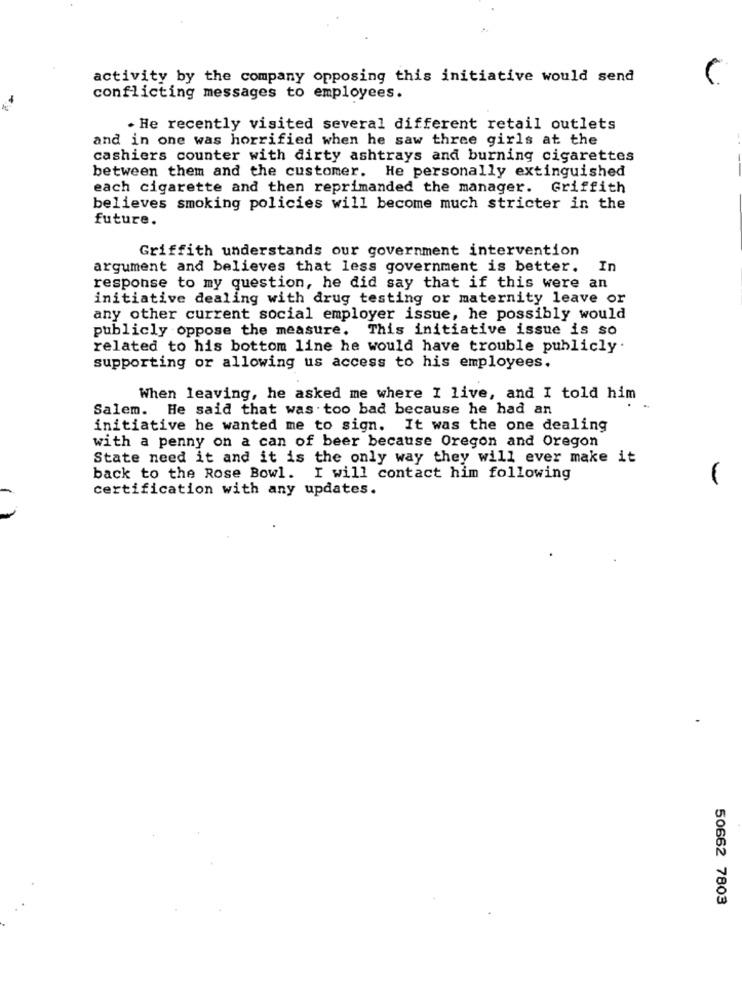
activity by the company opposing this initiative would send
conflicting messages to employees.
. He recently visited several different retail outlets
and in one was horrified when he saw three girls at the
cashiers counter with dirty ashtrays and burning cigarettes
between them and the customer. He personally extinguished
each cigarette and then reprimanded the manager. Griffith
believes smoking policies will become much stricter in the
future.
Griffith understands our government intervention
argument and believes that less government is better. In
response to my question, he did say that if this were an
initiative dealing with drug testing or maternity leave or
any other current social employer issue, he possibly would
publicly oppose the measure. This initiative issue is so
related to his bottom line he would have trouble publicly
supporting or allowing us access to his employees.
When leaving, he asked me where I live, and I told him
Salem. He said that was too bad because he had an
initiative he wanted me to sign. It was the one dealing
with a penny on a can of beer because Oregon and Oregon
State need it and it is the only way they will ever make it
back to the Rose Bowl. I will contact him following
certification with any updates.
50662 7803